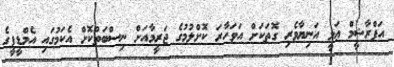
އަފްރާޝީމް ޢަލީ އަނިޔާވެރި ގޮތަކަށް އަވަހާރަ ކޮށްލުމުގެ ޖަރީމާއަށް ނިސްބަތްކޮށް އެކަމުގައި އެމްޑީޕީގެ